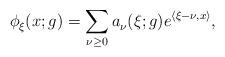
LaTeX: \begin{align*}\phi_\xi^{}(x;g)= \sum_{ \nu\geq 0} a^{}_\nu (\xi ;g) e^{\langle \xi -\nu ,x\rangle } ,\end{align*}